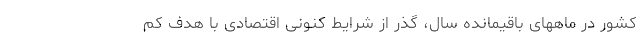
کشور در ماههای باقیمانده سال، گذر از شرایط کنونی اقتصادی با هدف کم